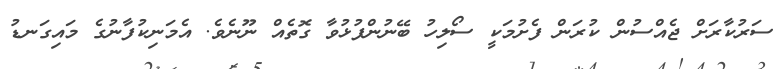
ސަރުކާރަށް ޖެއްސުން ކުރަން ފެށުމަކީ ސޯލިހު ބޭނުންފުޅުވާ ގޮތެއް ނޫނެވެ. އެމަނިކުފާނުގެ މައިގަނޑު